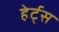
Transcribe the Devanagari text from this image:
हेर्ट्‌स